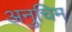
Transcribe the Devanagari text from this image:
अनुचिम